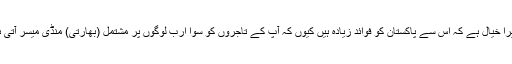
’’میرا خیال ہے کہ اس سے پاکستان کو فوائد زیادہ ہیں کیوں کہ آپ کے تاجروں کو سوا ارب لوگوں پر مشتمل (بھارتی) منڈی میسر آتی ہے۔